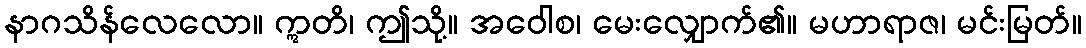
နာဂသိန်လေလော။ ဣတိ၊ ဤသို့။ အဝေါစ၊ မေးလျှောက်၏။ မဟာရာဇ၊ မင်းမြတ်။